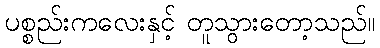
ပစ္စည်းကလေးနှင့် တူသွားတော့သည်။